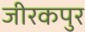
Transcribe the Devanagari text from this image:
जीरकपुर